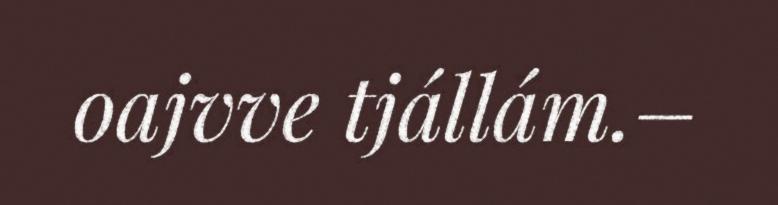
oajvve tjállám.–